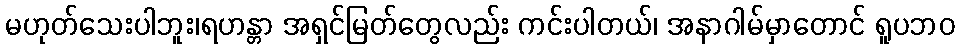
မဟုတ်သေးပါဘူး၊ရဟန္တာ အရှင်မြတ်တွေလည်း ကင်းပါတယ်၊ အနာဂါမ်မှာတောင် ရူပဘဝ